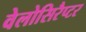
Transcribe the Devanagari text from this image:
वेलोसिरैप्टर